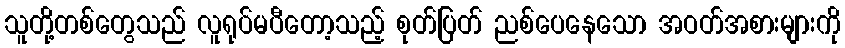
သူတို့တစ်တွေသည် လူရုပ်မပီတော့သည့် စုတ်ပြတ် ညစ်ပေနေသော အဝတ်အစားများကို